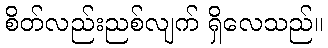
စိတ်လည်းညစ်လျက် ရှိလေသည်။